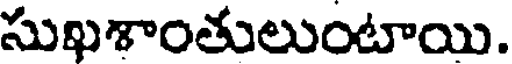
సుఖశాంతులుంటాయి.